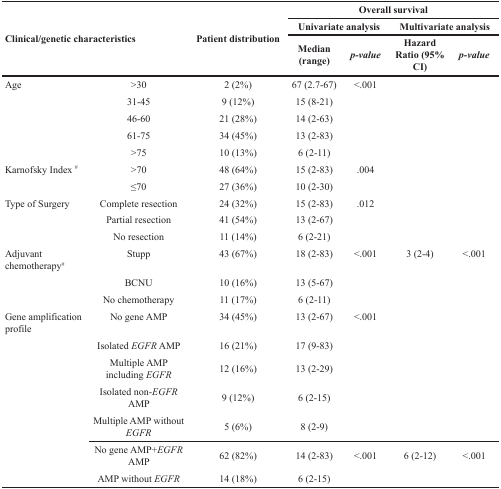
<table><thead><tr><td rowspan="3" colspan="2"><b>Clinical/genetic characteristics</b></td><td rowspan="3"><b>Patient distribution</b></td><td colspan="4"><b>Overall survival</b></td></tr><tr><td colspan="2"><b>Univariate analysis</b></td><td colspan="2"><b>Multivariate analysis</b></td></tr><tr><td><b>Median (range)</b></td><td><b><i>p-value</i></b></td><td><b>Hazard Ratio (95% CI)</b></td><td><b><i>p-value</i></b></td></tr></thead><tbody><tr><td>Age</td><td>&gt;30</td><td>2 (2%)</td><td>67 (2.7-67)</td><td>&lt;.001</td><td></td><td></td></tr><tr><td></td><td>31-45</td><td>9 (12%)</td><td>15 (8-21)</td><td></td><td></td><td></td></tr><tr><td></td><td>46-60</td><td>21 (28%)</td><td>14 (2-63)</td><td></td><td></td><td></td></tr><tr><td></td><td>61-75</td><td>34 (45%)</td><td>13 (2-83)</td><td></td><td></td><td></td></tr><tr><td></td><td>&gt;75</td><td>10 (13%)</td><td>6 (2-11)</td><td></td><td></td><td></td></tr><tr><td>Karnofsky Index <sup>#</sup></td><td>&gt;70</td><td>48 (64%)</td><td>15 (2-83)</td><td>.004</td><td></td><td></td></tr><tr><td></td><td>≤70</td><td>27 (36%)</td><td>10 (2-30)</td><td></td><td></td><td></td></tr><tr><td>Type of Surgery</td><td>Complete resection</td><td>24 (32%)</td><td>15 (2-83)</td><td>.012</td><td></td><td></td></tr><tr><td></td><td>Partial resection</td><td>41 (54%)</td><td>13 (2-67)</td><td></td><td></td><td></td></tr><tr><td></td><td>No resection</td><td>11 (14%)</td><td>6 (2-21)</td><td></td><td></td><td></td></tr><tr><td>Adjuvant chemotherapy<sup>#</sup></td><td>Stupp</td><td>43 (67%)</td><td>18 (2-83)</td><td>&lt;.001</td><td>3 (2-4)</td><td>&lt;.001</td></tr><tr><td></td><td>BCNU</td><td>10 (16%)</td><td>13 (5-67)</td><td></td><td></td><td></td></tr><tr><td></td><td>No chemotherapy</td><td>11 (17%)</td><td>6 (2-11)</td><td></td><td></td><td></td></tr><tr><td rowspan="7">Gene amplification profile</td><td>No gene AMP</td><td>34 (45%)</td><td>13 (2-67)</td><td>&lt;.001</td><td></td><td></td></tr><tr><td>Isolated <i>EGFR</i> AMP</td><td>16 (21%)</td><td>17 (9-83)</td><td></td><td></td><td></td></tr><tr><td>Multiple AMP including <i>EGFR</i></td><td>12 (16%)</td><td>13 (2-29)</td><td></td><td></td><td></td></tr><tr><td>Isolated non-<i>EGFR</i> AMP</td><td>9 (12%)</td><td>6 (2-15)</td><td></td><td></td><td></td></tr><tr><td>Multiple AMP without <i>EGFR</i></td><td>5 (6%)</td><td>8 (2-9)</td><td></td><td></td><td></td></tr><tr><td>No gene AMP+<i>EGFR</i> AMP</td><td>62 (82%)</td><td>14 (2-83)</td><td>&lt;.001</td><td>6 (2-12)</td><td>&lt;.001</td></tr><tr><td>AMP without <i>EGFR</i></td><td>14 (18%)</td><td>6 (2-15)</td><td></td><td></td><td></td></tr></tbody></table>